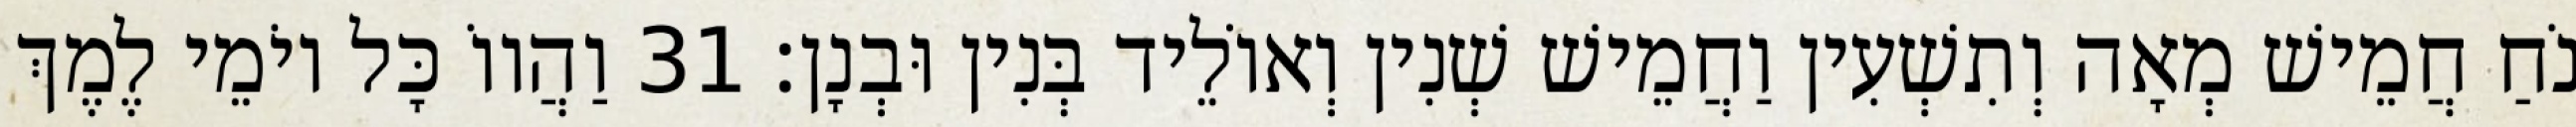
נֹחַ חֲמֵישׁ מְאָה וְתִשְׁעִין וַחֲמֵישׁ שְׁנִין וְאוֹלֵיד בְּנִין וּבְנָן׃ 31 וַהֲווֹ כָּל יוֹמֵי לֶמֶךְ